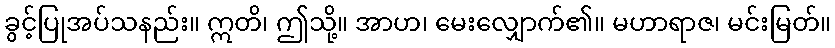
ခွင့်ပြုအပ်သနည်း။ ဣတိ၊ ဤသို့။ အာဟ၊ မေးလျှောက်၏။ မဟာရာဇ၊ မင်းမြတ်။